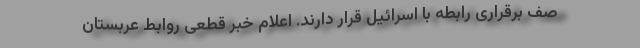
صف برقراری رابطه با اسرائیل قرار دارند. اعلام خبر قطعی روابط عربستان